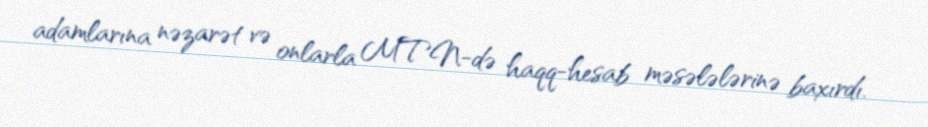
adamlarına nəzarət və onlarla MTN-də haqq-hesab məsələlərinə baxırdı.